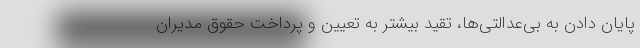
پایان دادن به بی‌عدالتی‌ها، تقید بیشتر به تعیین و پرداخت حقوق مدیران